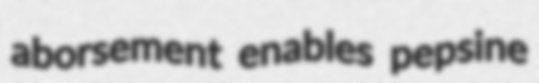
aborsement enables pepsine